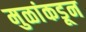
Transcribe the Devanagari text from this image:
मुळांकडून